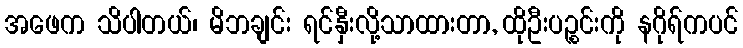
အဖေက သိပါတယ်၊ မိဘချင်း ရင်နှီးလို့သာထားတာ, ထိုဦးပဉ္စင်းကို နဂိုရ်ကပင်